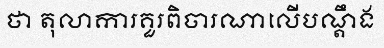
ថា តុលាការគួរពិចារណាលើបណ្តឹង